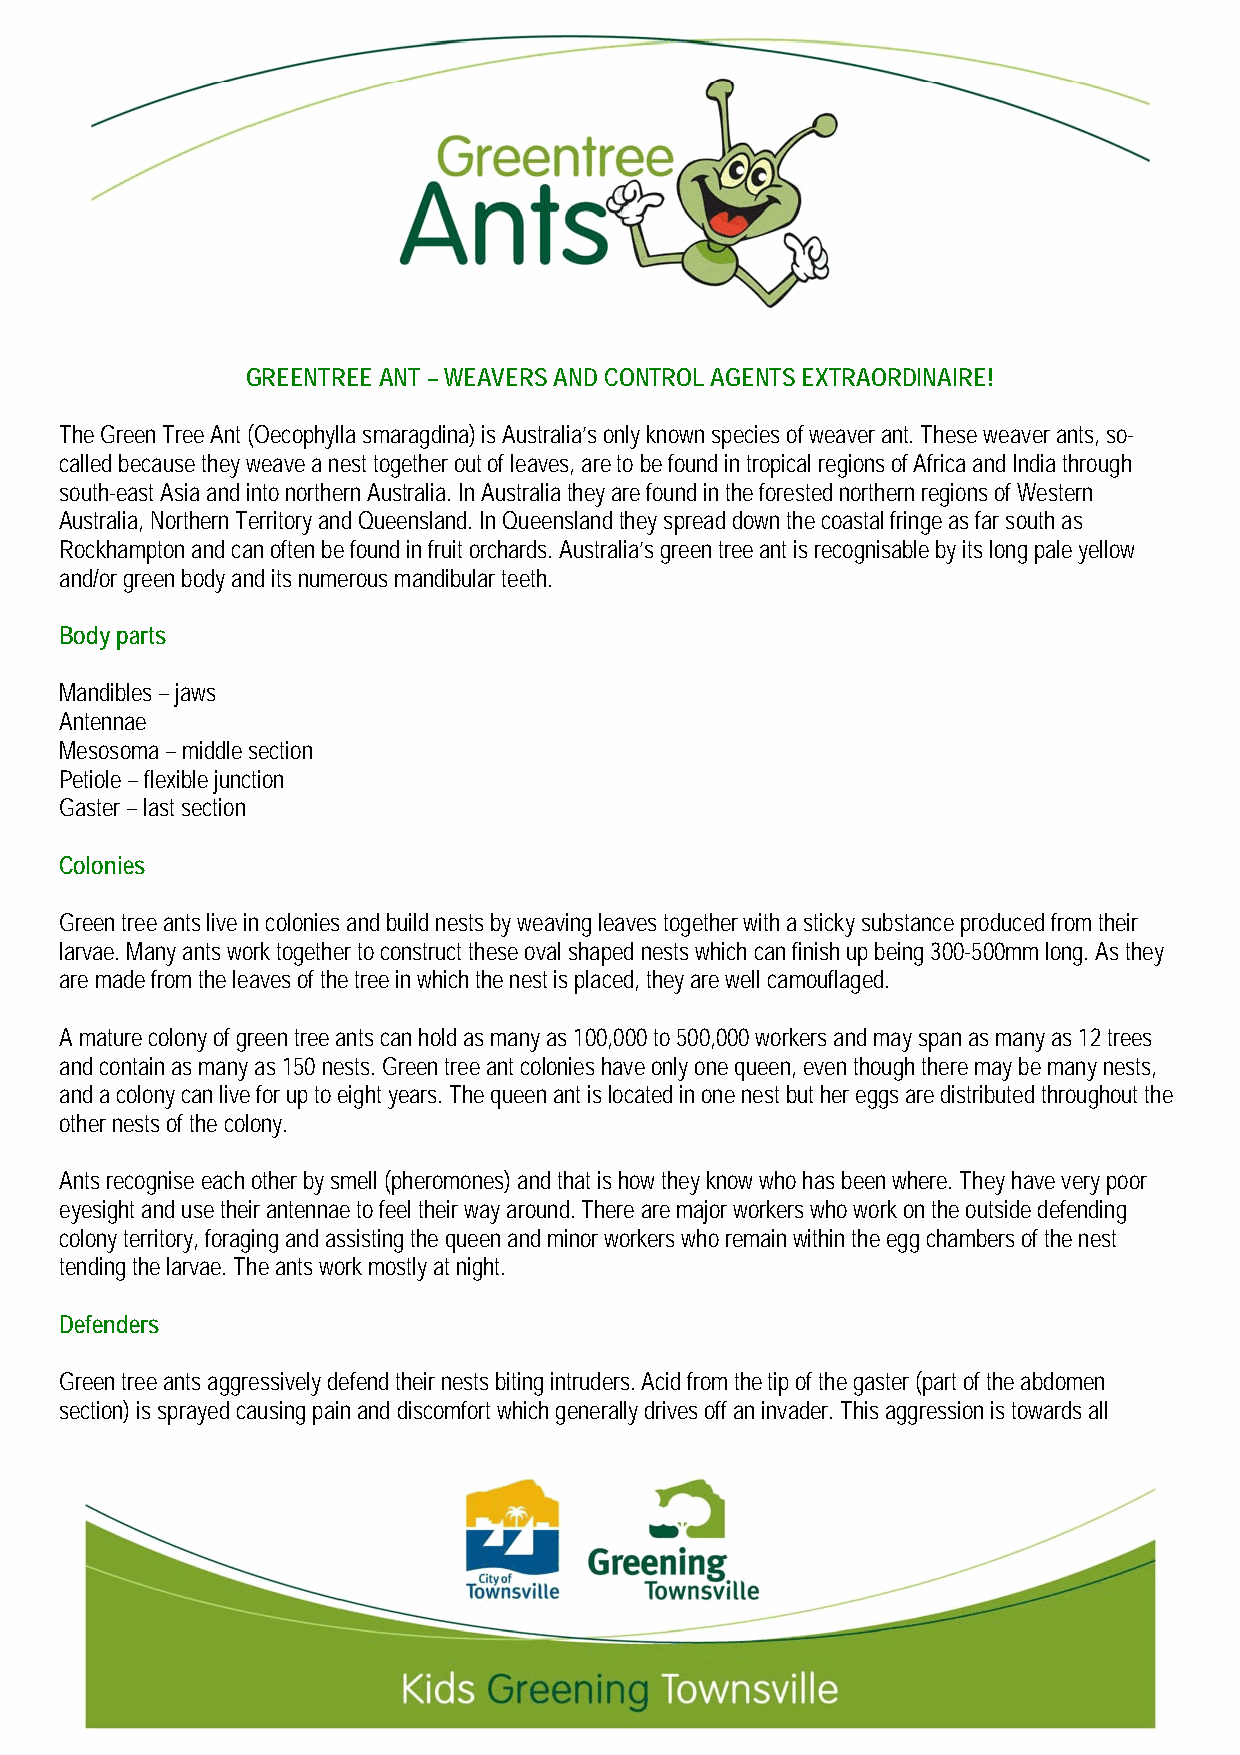
GREENTREE ANT – WEAVERS AND CONTROL AGENTS EXTRAORDINAIRE!
 The Green Tree Ant (Oecophylla smaragdina) is Australia’s only known species of weaver ant. These weaver ants, so-
 called because they weave a nest together out of leaves, are to be found in tropical regions of Africa and India through
 south-east Asia and into northern Australia. In Australia they are found in the forested northern regions of Western
 Australia, Northern Territory and Queensland. In Queensland they spread down the coastal fringe as far south as
 Rockhampton and can often be found in fruit orchards. Australia’s green tree ant is recognisable by its long pale yellow
 and/or green body and its numerous mandibular teeth.
 Body parts
 Mandibles – jaws
 Antennae
 Mesosoma – middle section
 Petiole – flexible junction
 Gaster – last section
 Colonies
 Green tree ants live in colonies and build nests by weaving leaves together with a sticky substance produced from their
 larvae. Many ants work together to construct these oval shaped nests which can finish up being 300-500mm long. As they
 are made from the leaves of the tree in which the nest is placed, they are well camouflaged.
 A mature colony of green tree ants can hold as many as 100,000 to 500,000 workers and may span as many as 12 trees
 and contain as many as 150 nests. Green tree ant colonies have only one queen, even though there may be many nests,
 and a colony can live for up to eight years. The queen ant is located in one nest but her eggs are distributed throughout the
 other nests of the colony.
 Ants recognise each other by smell (pheromones) and that is how they know who has been where. They have very poor
 eyesight and use their antennae to feel their way around. There are major workers who work on the outside defending
 colony territory, foraging and assisting the queen and minor workers who remain within the egg chambers of the nest
 tending the larvae. The ants work mostly at night.
 Defenders
 Green tree ants aggressively defend their nests biting intruders. Acid from the tip of the gaster (part of the abdomen
 section) is sprayed causing pain and discomfort which generally drives off an invader. This aggression is towards all